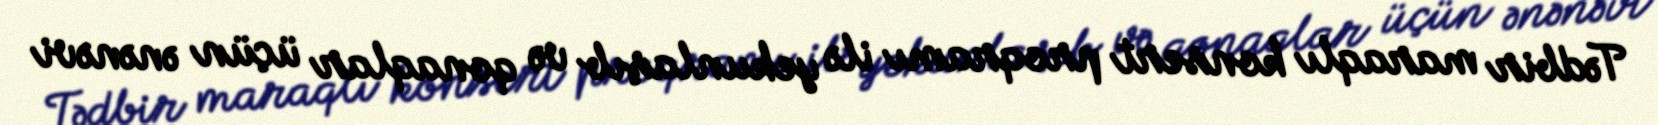
Tədbir maraqlı konsert proqramı ilə yekunlaşıb və qonaqlar üçün ənənəvi